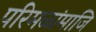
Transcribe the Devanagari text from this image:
परिमळांमाजि